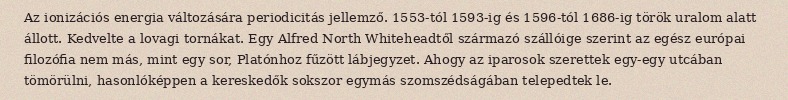
Az ionizációs energia változására periodicitás jellemző. 1553-tól 1593-ig és 1596-tól 1686-ig török uralom alatt állott. Kedvelte a lovagi tornákat. Egy Alfred North Whiteheadtől származó szállóige szerint az egész európai filozófia nem más, mint egy sor, Platónhoz fűzött lábjegyzet. Ahogy az iparosok szerettek egy-egy utcában tömörülni, hasonlóképpen a kereskedők sokszor egymás szomszédságában telepedtek le.